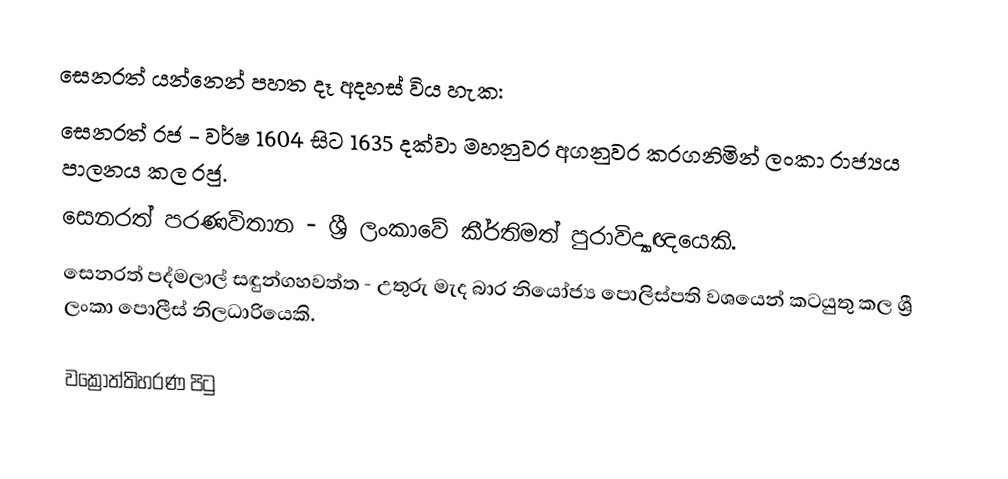
සෙනරත් යන්නෙන් පහත දෑ අදහස් විය හැක:
 සෙනරත් රජ - වර්ෂ 1604 සිට 1635 දක්වා මහනුවර අගනුවර කරගනිමින් ලංකා රාජ්‍යය පාලනය කල රජු.
 සෙනරත් පරණවිතාන - ශ්‍රී ලංකාවේ කීර්තිමත් පුරාවිද්‍යාඥයෙකි.
 සෙනරත් පද්මලාල් සඳුන්ගහවත්ත - උතුරු මැද බාර නියෝජ්‍ය ‍පොලිස්පති වශයෙන් කටයුතු කල ශ්‍රී ලංකා පොලීස් නිලධාරියෙකි.

වක්‍රෝත්තිහරණ පිටු